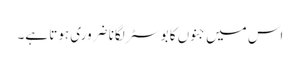
اس میں جنوں کا بوسٹر لگانا ضروری ہوتا ہے۔